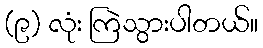
(၉) လုံး ကြဲသွားပါတယ်။